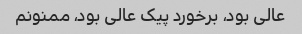
عالی بود، برخورد پیک عالی بود، ممنونم